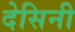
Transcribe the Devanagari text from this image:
देसिनी